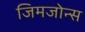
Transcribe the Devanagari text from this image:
जिमजोन्स